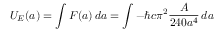
U _ { E } ( a ) = \int F ( a ) \, d a = \int - \hbar c \pi ^ { 2 } { \frac { A } { 2 4 0 a ^ { 4 } } } \, d a